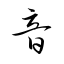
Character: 音